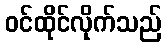
ဝင်ထိုင်လိုက်သည်